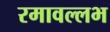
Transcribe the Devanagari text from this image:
रमावल्लभ